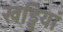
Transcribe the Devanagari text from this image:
खड्डियां